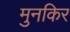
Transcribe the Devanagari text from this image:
मुनकिर